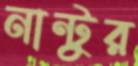
নান্টুর